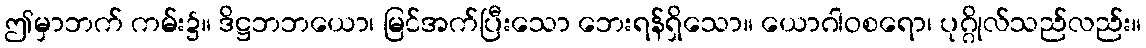
ဤမှာဘက် ကမ်း၌။ ဒိဋ္ဌဘဘယော၊ မြင်အက်ပြီးသော ဘေးရန်ရှိသော။ ယောဂါဝစရော၊ ပုဂ္ဂိုလ်သည်လည်း။